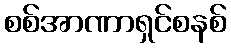
စစ်အာဏာရှင်စနစ်